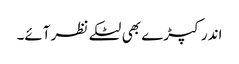
اندر کپڑے بھی لٹکے نظر آئے۔